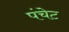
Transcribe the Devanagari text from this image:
पंचेट